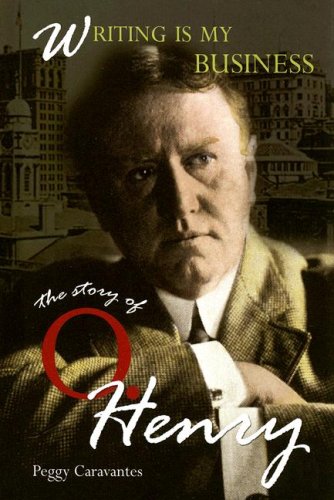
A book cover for Writing Is My Business: The Story of O. Henry (World Writers); Peggy Caravantes; Teen & Young Adult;